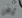
يمكن